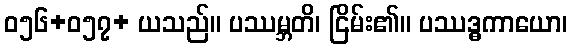
ဝ၅၆+၀၅၇+ ယသည်။ ပဿမ္ဘတိ၊ ငြိမ်း၏။ ပဿဒ္ဓကာယော၊